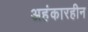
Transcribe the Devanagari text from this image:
अहंकारहीन